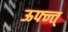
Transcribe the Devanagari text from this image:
ऊफ्न्त्